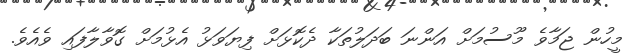
މީހުން ޖަމާވެ މޫސުމަށް އަންނަ ބަދަލުތަކާ ދެކޮޅަށް ފިޔަވަޅު އެޅުމަށް ގޮވާލާފައި ވެއެވެ.